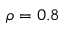
\rho = 0 . 8